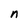
Character: n